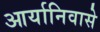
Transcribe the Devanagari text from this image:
आर्यानिवासे